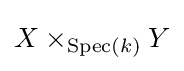
X\times _{{\text{Spec}}(k)}Y